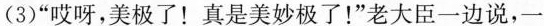
(3)”哎呀，美极了！真是美妙极了！”老大臣一边说，一